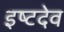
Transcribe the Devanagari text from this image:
इष्‍टदेव